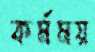
কর্মময়